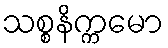
သစ္စနိက္ကမော